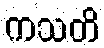
ကသတိ